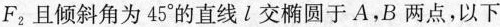
F_{2}且倾斜角为45°的直线l交椭圆于A，B两点，以下